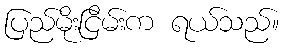
ပြည်မိုးငြိမ်းက ရယ်သည်။